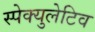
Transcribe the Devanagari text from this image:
स्पेक्युलेटिव